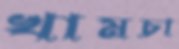
খামচা